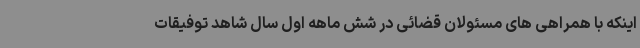
اینکه با همراهی های مسئولان قضائی در شش ماهه اول سال شاهد توفیقات